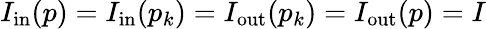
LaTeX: I_{\mathrm{in}}(p)=I_{\mathrm{in}}(p_{k})=I_{\mathrm{out}}(p_{k})=I_{\mathrm{out}}(p)=I